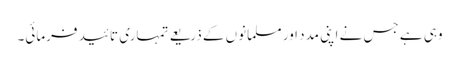
وہی ہے جس نے اپنی مدد اور مسلمانوں کے ذریعے تمہاری تائید فرمائی۔